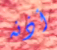
أذنه